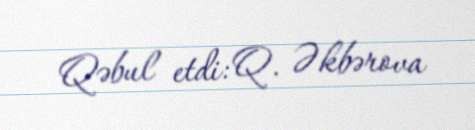
Qəbul etdi: Q. Əkbərova